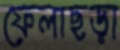
ফেলাছড়া